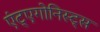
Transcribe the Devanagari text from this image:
एंट्एगोनिस्ट्स